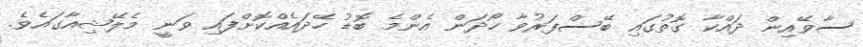
ސާވޭއިން ދައްކާ ގޮތުގައި ބޭސްފަރުވާ ހޯދަން އެންމެ ބޮޑު ހޭދައެއްކޮށްފައި ވަނީ މެލޭޝިއާގައެވެ.